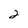
Character: 2